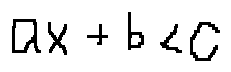
a x + b < c